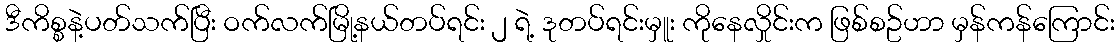
ဒီကိစ္စနဲ့ပတ်သက်ပြီး ဝက်လက်မြို့နယ်တပ်ရင်း ၂ ရဲ့ ဒုတပ်ရင်းမှူး ကိုနေလှိုင်းက ဖြစ်စဥ်ဟာ မှန်ကန်ကြောင်း